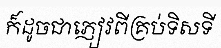
ក៏ដូចជាភ្ញៀវពីគ្រប់ទិសទី